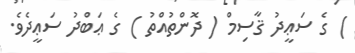
) ގެ ސަޢީދު ޤާސިމް ( ދޮންތުއްތު ) ގެ ޢަބްދު ސަޢީދެވެ.